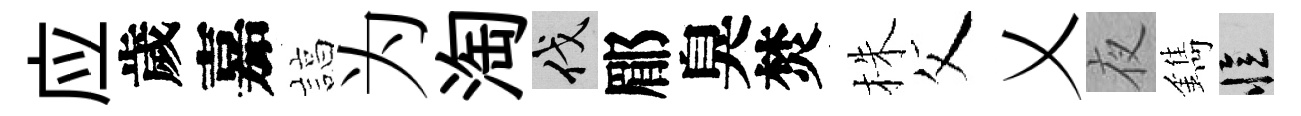
应歲嘉諄为淘伐郿臭焚株父乂夜鐫忆